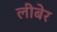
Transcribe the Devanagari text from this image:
लीबेर